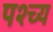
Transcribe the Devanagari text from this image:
पश्च्य